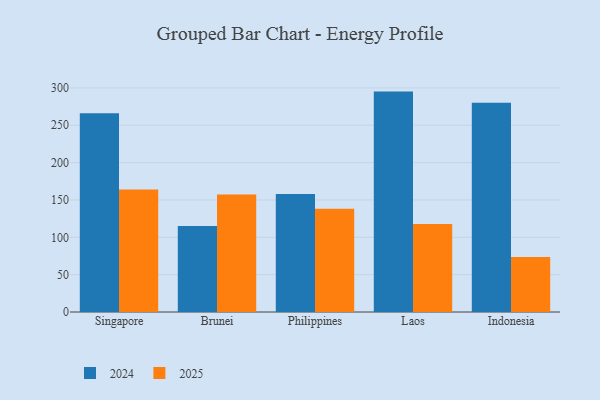
{"axis": {"x": "Country", "y": "Waste Production (Tons)"}, "legend": ["2024", "2025"], "data": [{"x": "Singapore", "y": 266.2, "type": "2024"}, {"x": "Singapore", "y": 164.0, "type": "2025"}, {"x": "Brunei", "y": 115.2, "type": "2024"}, {"x": "Brunei", "y": 157.2, "type": "2025"}, {"x": "Philippines", "y": 158.0, "type": "2024"}, {"x": "Philippines", "y": 138.3, "type": "2025"}, {"x": "Laos", "y": 295.1, "type": "2024"}, {"x": "Laos", "y": 117.9, "type": "2025"}, {"x": "Indonesia", "y": 280.3, "type": "2024"}, {"x": "Indonesia", "y": 73.8, "type": "2025"}]}